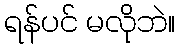
ရန်ပင် မလိုဘဲ။